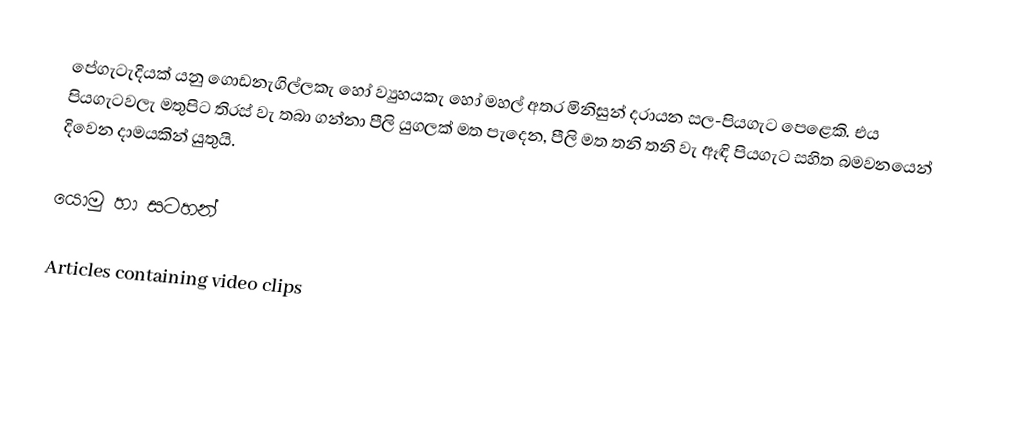
පේගැටැදියක් යනු ගොඩනැගිල්ලකැ හෝ ව්‍යුහයකැ හෝ මහල් අතර මිනිසුන් දරායන සල-පියගැට පෙළෙකි. එය පියගැටවලැ මතුපිට තිරස් වැ තබා ගන්නා පීලි යුගලක් මත පැදෙන, පීලි මත තනි තනි වැ ඈඳි පියගැට සහිත බමවනයෙන් දිවෙන දාමයකින් යුතුයි.

යොමු හා සටහන්

Articles containing video clips